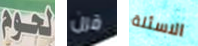
لحوم قرن الاسئلة